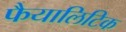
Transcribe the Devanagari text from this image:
फैयालिटिक